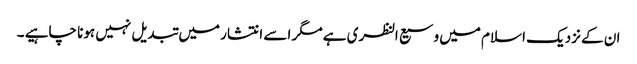
ان کے نزدیک اسلام میں وسیع النظری ہے مگر اسے انتشار میں تبدیل نہیں ہونا چاہیے ۔